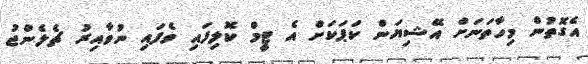
އެގޮތުން މިހާތަނަށް އޭޝިޔަން ކަޕަކަށް އެ ޓީމް ކޮލިފައި ވެފައި ނުވާއިރު ޗެލެންޖު